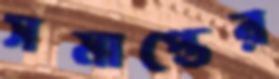
সমাপ্তের